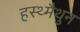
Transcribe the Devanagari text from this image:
हस्थ्मैथुन